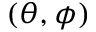
( \theta , \phi )